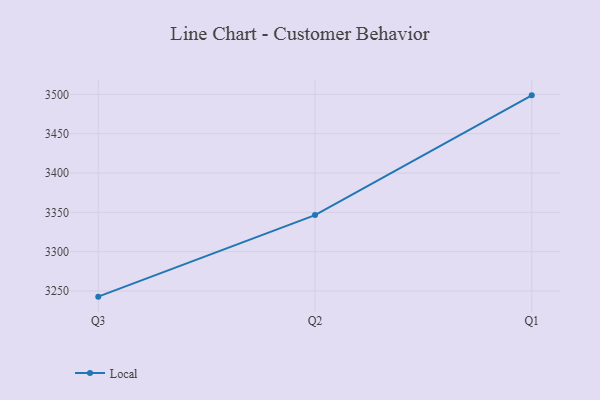
{"axis": {"x": "Quarter", "y": "Budget (USD K)"}, "legend": ["Local"], "data": [{"x": "Q3", "y": 3242.8, "type": "Local"}, {"x": "Q2", "y": 3346.5, "type": "Local"}, {"x": "Q1", "y": 3498.8, "type": "Local"}]}